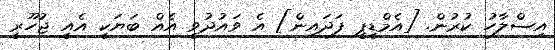
އިސްލާހު ކުރުން. [އެމްޑީޕީ ފަދައިން] އެ ވައުދުވީ އެއް ބަޔަކީ އެއީ ޖުހޫރީ